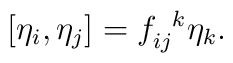
[\eta_i, \eta_j] = f_{ij}^{\,\,\,\,k} \eta_k.